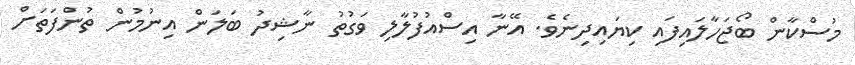
މުސްކާން ބޯޖަހާލައިފައި ކިޔައިދިނެވެ. އޭނާ އިސްއުފުލާލި ވަގުތު ނާޝިދު ބަލަން އިނުމުން ތުންފަތަށް